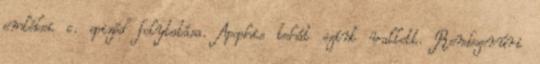
emlékei c. epizód folytatása. Apophis tehát színt vallott. Rendszerúri